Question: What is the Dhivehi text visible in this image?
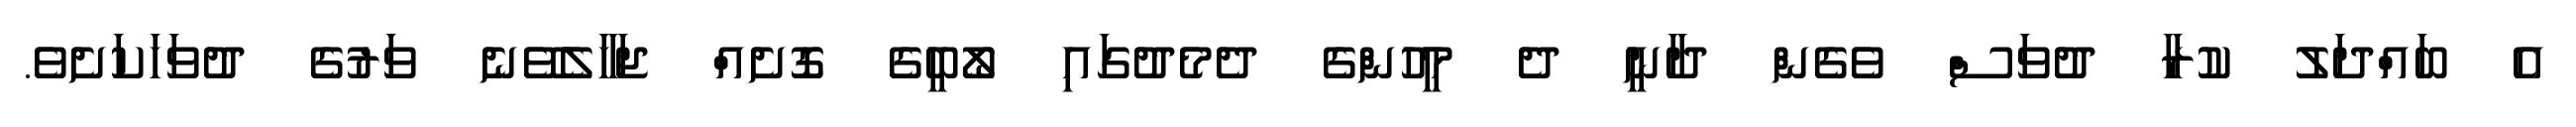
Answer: އެ ބައްދަލު ކުރާ ދުވަސް ވެގެން ދާނީ ދެ މީހުންގެ ދެމެދުގައި ލޯބީގެ ގޮށެއް ޖަހާލެވޭނެ ވަރުގެ ދުވަހަކަށެވެ.